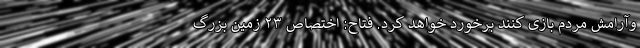
وآرامش مردم بازی کنند برخورد خواهد کرد. فتاح: اختصاص ۲۳ زمین بزرگ